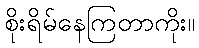
စိုးရိမ်နေကြတာကိုး။